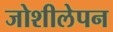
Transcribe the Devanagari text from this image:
जोशीलेपन